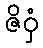
ဇိဝှံ